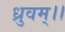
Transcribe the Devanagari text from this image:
ध्रुवम्।।